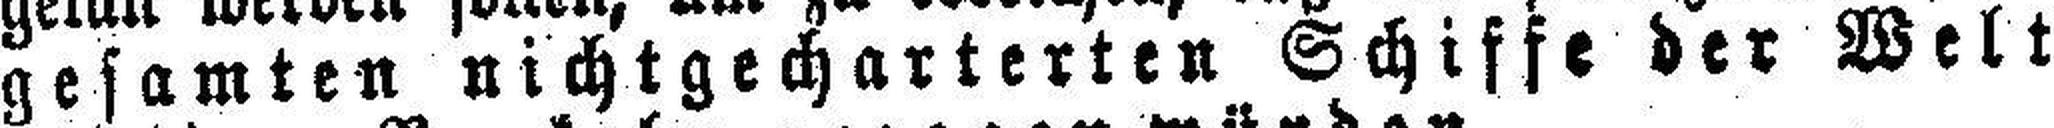
gesamten nichtgecharterten Schiffe der Welt